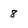
Character: 8